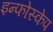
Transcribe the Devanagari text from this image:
इन्फोस्केप